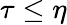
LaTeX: \tau\leq\eta